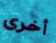
أخرى